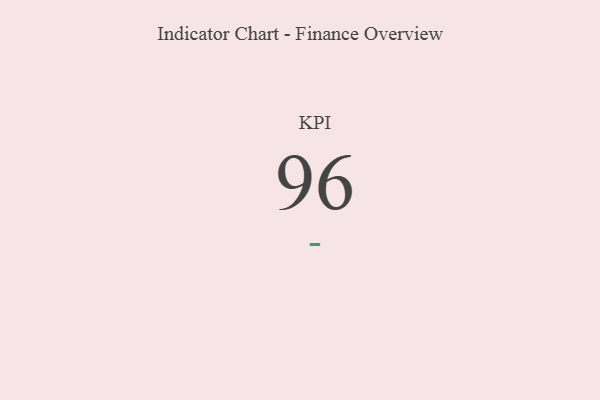
{"axis": {"x": "KPI", "y": "Value"}, "legend": [""], "data": [{"x": "KPI", "y": 96, "type": ""}]}